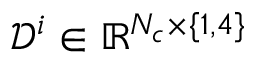
\mathcal { D } ^ { i } \in \mathbb { R } ^ { N _ { c } \times \{ 1 , 4 \} }